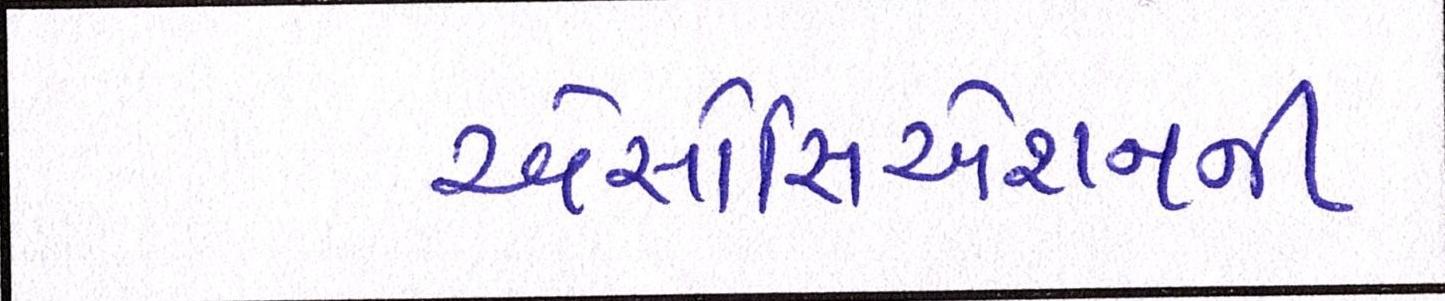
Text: એસોસિએશનની